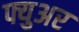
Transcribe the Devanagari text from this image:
फ्युअर